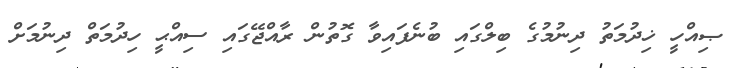
ޞިއްހީ ޚިދުމަތު ދިނުމުގެ ބިލްގައި ބުނެފައިވާ ގޮތުން ރާއްޖޭގައި ސިއްޙީ ހިދުމަތް ދިނުމަށް